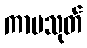
ကာမသုတ်